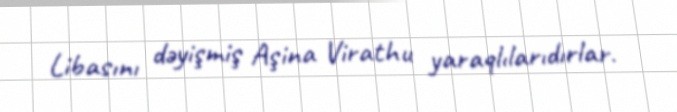
Libasını dəyişmiş Aşina Virathu yaraqlılarıdırlar.